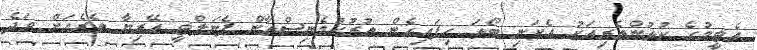
އެޓީމުގެ ކުޅުންތެރިއަކު އެކަނި ބޯޅަ ހިފައިގެން ތުރުކުމެނިސްތާން ޕެނަލްޓީ އޭރިޔާ ތެރެއަށް ވަދެ